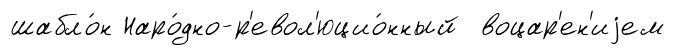
шабло́н Наро́дно-р'евол'юцио́нный воцар'ен'иjем